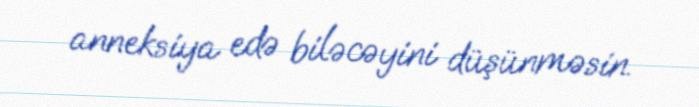
anneksiya edə biləcəyini düşünməsin.